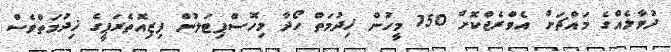
ދުވާލެއްގެ މައްޗަށް އެވްރެޖްކޮށް 150 މީހުން ޚިދުމަތް ހޯދާ މިހޮސްޕިޓަލުން ފިޒިއޮތެރަޕީގެ ޚިދުމަތްވެސް